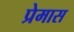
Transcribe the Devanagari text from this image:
प्रेमास